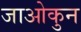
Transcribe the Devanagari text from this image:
जाओकुन